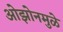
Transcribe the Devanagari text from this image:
ओझोनमुळे